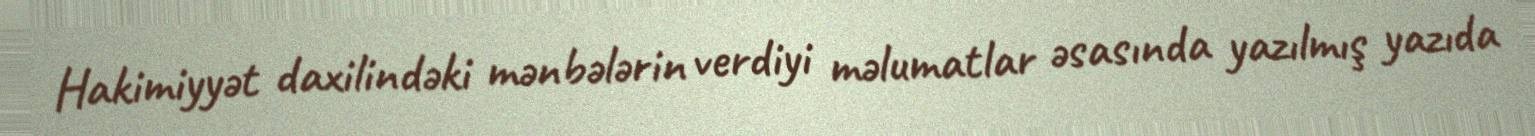
Hakimiyyət daxilindəki mənbələrin verdiyi məlumatlar əsasında yazılmış yazıda